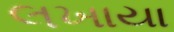
લખાયા